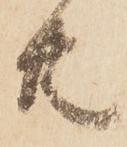
共